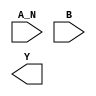
module sky130_fd_sc_ls__nand2b (
    //# {{data|Data Signals}}
    input  A_N,
    input  B  ,
    output Y
);

    // Voltage supply signals
    supply1 VPWR;
    supply0 VGND;
    supply1 VPB ;
    supply0 VNB ;

endmodule